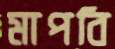
মাপবি